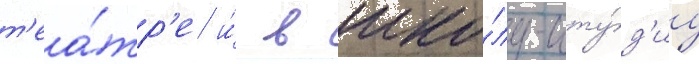
т'еа́тр'е и́ в шко́лу-сту́д'иу